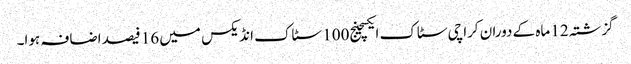
گزشتہ 12 ماہ کے دوران کراچی سٹاک ایکسچینج100 سٹاک انڈیکس میں 16 فیصد اضافہ ہوا۔